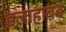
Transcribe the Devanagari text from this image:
इलाहाबद